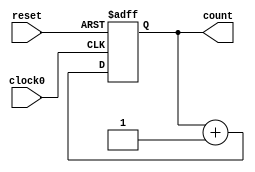
/////////////////////////////////////////
//  Functionality: 16 bit up counter 
////////////////////////////////////////

module counterup16_1clk_posedge_async_resetp(clock0, reset, count);

	input clock0, reset;
	output [15:0] count;
	reg [15:0] count;                                   

	initial begin
      	  count <= 0;
    	end   	

	always @ (posedge clock0 or posedge reset) begin
		if (reset == 1'b1) begin
			count <= 0;
		end 
		else begin
			count <= count + 1;
		end
	end

endmodule